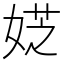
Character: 𡝳